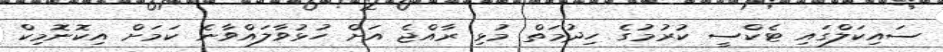
ސައިކަލްގައި ޓެކްސީ ކުރުމުގެ ހިދުމަތް މުޅި ރާއްޖެ އަށް ހުޅުވާލައްވާނެ ކަމަށް އިކޮނޮމިކް